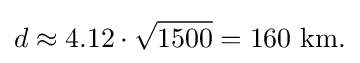
d\approx 4.12\cdot {\sqrt {1500}}=160{\mbox{ km.}}